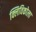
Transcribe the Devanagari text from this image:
क्लिविकोला